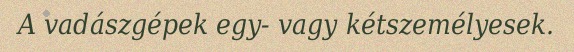
A vadászgépek egy- vagy kétszemélyesek.